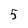
Character: 5